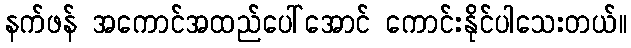
နက်ဖန် အကောင်အထည်ပေါ်အောင် ကောင်းနိုင်ပါသေးတယ်။